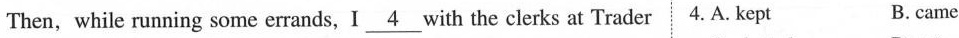
Then, while running some errands, I \underline{4} with the clerks at Trader 4.A. Kept B.came